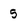
Character: 5